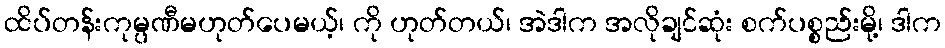
ထိပ်တန်းကုမ္ပဏီမဟုတ်ပေမယ့်၊ ကို ဟုတ်တယ်၊ အဲဒါက အလိုချင်ဆုံး စက်ပစ္စည်းမို့၊ ဒါက